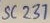
Text: SV237